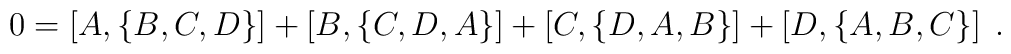
0=\left[  A,\left\{  B,C,D\right\}  \right]  +\left[  B,\left\{C,D,A\right\}  \right]  +\left[  C,\left\{  D,A,B\right\}  \right]  +\left[D,\left\{  A,B,C\right\}  \right]  \;.